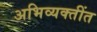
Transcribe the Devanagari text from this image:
अभिव्यक्तींत